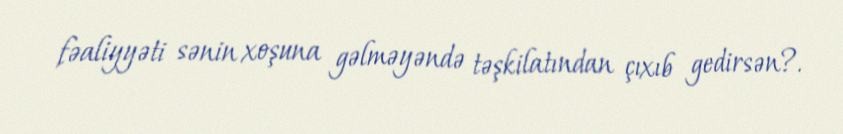
fəaliyyəti sənin xoşuna gəlməyəndə təşkilatından çıxıb gedirsən?.